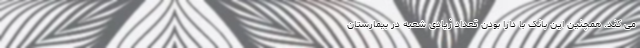
می کند. همچنین این بانک با دارا بودن تعداد زیادی شعبه در بیمارستان